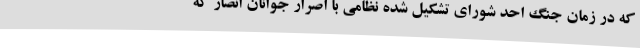
که در زمان جنگ احد شورای تشکیل شده نظامی با اصرار جوانان انصار که